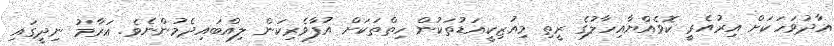
އާދުވަހަކަަށް އިރުއެރީ ކޮވެއްޔާއިހާލުގެ ރީތި މިއުޒިކީއަޑުތަކުން ހިތްތަކަށް އުފާވެރިކަން ލިއްބައިދެމުންނެވެ. އަރާމު ނިދީގައި